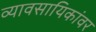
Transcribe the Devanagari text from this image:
व्यावसायिकांवर